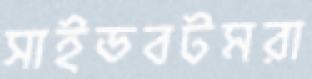
সাইডবটমরা